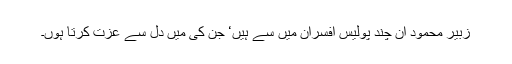
زبیر محمود ان چند پولیس افسران میں سے ہیں‘ جن کی میں دل سے عزت کرتا ہوں۔